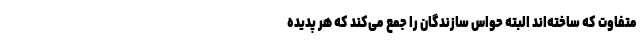
متفاوت که ساخته‌اند البته حواس سازندگان را جمع می‌کند که هر پدیده